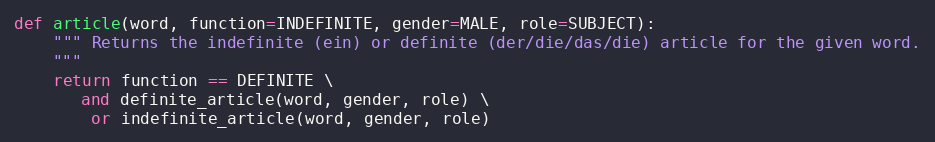
Language: Python
def article(word, function=INDEFINITE, gender=MALE, role=SUBJECT):
    """ Returns the indefinite (ein) or definite (der/die/das/die) article for the given word.
    """
    return function == DEFINITE \
       and definite_article(word, gender, role) \
        or indefinite_article(word, gender, role)